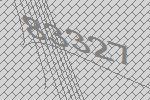
83327